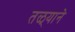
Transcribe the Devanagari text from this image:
तळ्याने